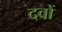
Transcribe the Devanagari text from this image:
दवों